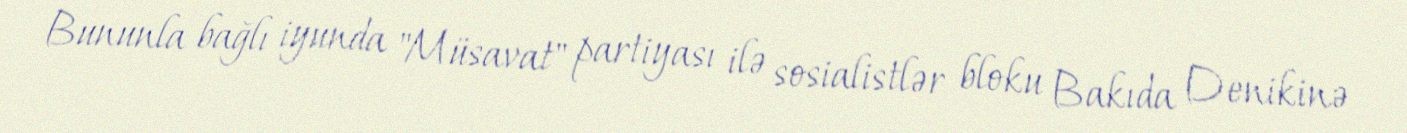
Bununla bağlı iyunda "Müsavat" partiyası ilə sosialistlər bloku Bakıda Denikinə